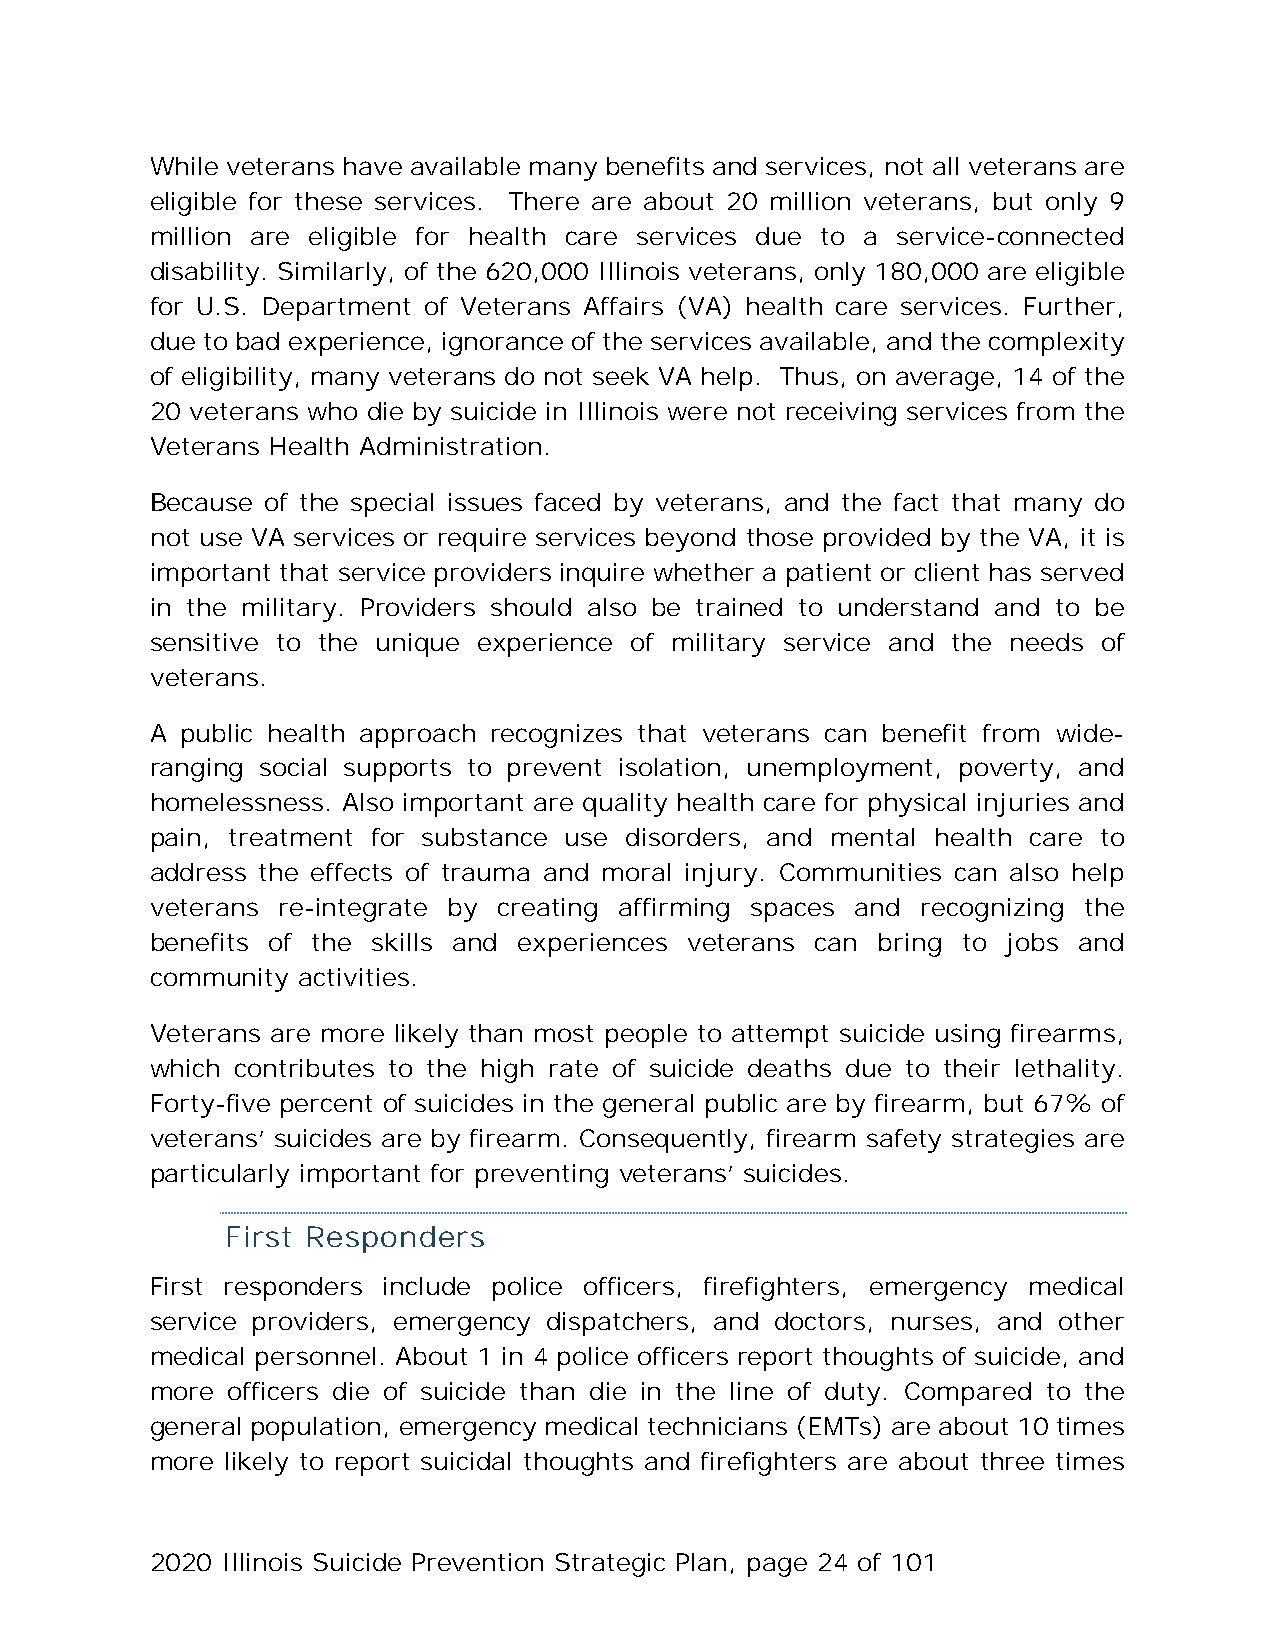
While veterans have available many benefits and services, not all veterans are
 eligible for these services. There are about 20 million veterans, but only 9
 million are eligible for health care services due to a service-connected
 disability. Similarly, of the 620,000 Illinois veterans, only 180,000 are eligible
 for U.S. Department of Veterans Affairs (VA) health care services. Further,
 due to bad experience, ignorance of the services available, and the complexity
 of eligibility, many veterans do not seek VA help. Thus, on average, 14 of the
 20 veterans who die by suicide in Illinois were not receiving services from the
 Veterans Health Administration.
 Because of the special issues faced by veterans, and the fact that many do
 not use VA services or require services beyond those provided by the VA, it is
 important that service providers inquire whether a patient or client has served
 in the military. Providers should also be trained to understand and to be
 sensitive to the unique experience of military service and the needs of
 veterans.
 A public health approach recognizes that veterans can benefit from wide-
 ranging social supports to prevent isolation, unemployment, poverty, and
 homelessness. Also important are quality health care for physical injuries and
 pain, treatment for substance use disorders, and mental health care to
 address the effects of trauma and moral injury. Communities can also help
 veterans re-integrate by creating affirming spaces and recognizing the
 benefits of the skills and experiences veterans can bring to jobs and
 community activities.
 Veterans are more likely than most people to attempt suicide using firearms,
 which contributes to the high rate of suicide deaths due to their lethality.
 Forty-five percent of suicides in the general public are by firearm, but 67% of
 veterans’ suicides are by firearm. Consequently, firearm safety strategies are
 particularly important for preventing veterans’ suicides.
 First Responders
 First responders include police officers, firefighters, emergency medical
 service providers, emergency dispatchers, and doctors, nurses, and other
 medical personnel. About 1 in 4 police officers report thoughts of suicide, and
 more officers die of suicide than die in the line of duty. Compared to the
 general population, emergency medical technicians (EMTs) are about 10 times
 more likely to report suicidal thoughts and firefighters are about three times
 2020 Illinois Suicide Prevention Strategic Plan, page 24 of 101